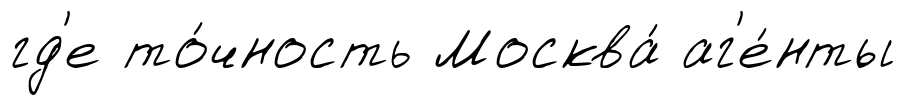
гд'е то́чность Москва́ аг'е́нты